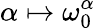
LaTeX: \alpha\mapsto\omega_{0}^{\alpha}